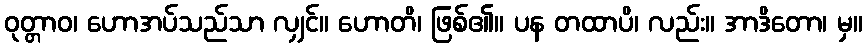
ဝုတ္တာဝ၊ ဟောအပ်သည်သာ လျှင်။ ဟောတိ၊ ဖြစ်၏။ ပန တထာပိ၊ လည်း။ အာဒိတော၊ မှ။